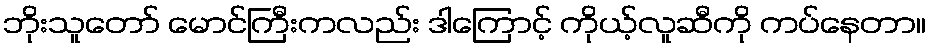
ဘိုးသူတော် မောင်ကြီးကလည်း ဒါကြောင့် ကိုယ့်လူဆီကို ကပ်နေတာ။